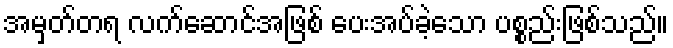
အမှတ်တရ လက်ဆောင်အဖြစ် ပေးအပ်ခဲ့သော ပစ္စည်းဖြစ်သည်။